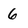
Character: 6